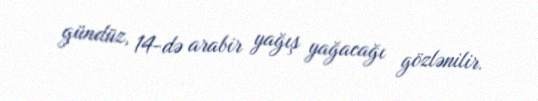
gündüz, 14-də arabir yağış yağacağı gözlənilir.